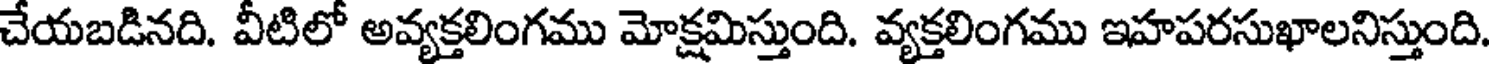
చేయబడినది. వీటిలో అవ్యక్తలింగము మోక్షమిస్తుంది. వ్యక్తలింగము ఇహపరసుఖాలనిస్తుంది